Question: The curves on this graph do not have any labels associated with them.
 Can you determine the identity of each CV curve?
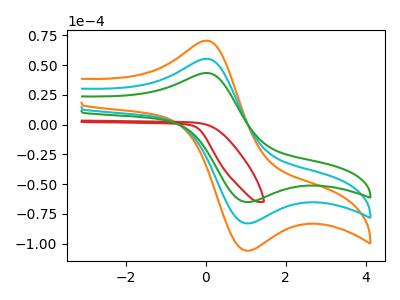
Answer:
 <answer>The orange curve does not have a label. The cyan curve does not have a label. The red curve does not have a label. The green curve does not have a label.</answer>
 <eval></eval>